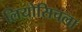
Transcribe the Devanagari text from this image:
लियोसिचला